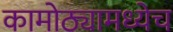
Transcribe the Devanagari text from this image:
कामोठ्यामध्येच